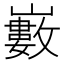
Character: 𡾄